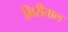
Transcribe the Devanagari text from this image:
गिरीताल